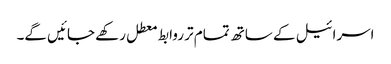
اسرائیل کے ساتھ تمام تر روابط معطل رکھے جائیں گے۔